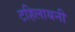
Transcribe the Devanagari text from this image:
टहिलायनी